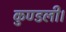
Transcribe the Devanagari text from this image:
कुण्डली।